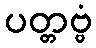
ပတ္တဗ္ဗံ